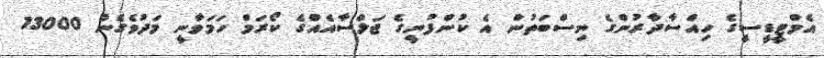
އެމްޓީޑީސީގެ ހިއްސާދާރުންގެ ނިސްބަތުން އެ ކުންފުނީގެ ޖަލްސާއެއްގެ ކޯރަމް ހަމަވާނީ މަދުވެގެން 13000